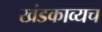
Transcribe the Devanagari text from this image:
खंडकाव्यच